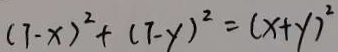
( 7 - x ) ^ { 2 } + ( 7 - y ) ^ { 2 } = ( x + y ) ^ { 2 }